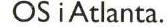
 OS i Atlanta.